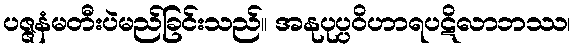
ပဇ္ဇနံမတီးပဲမည်ခြင်းသည်။ အနုပုပ္ပဝိဟာရပဋိလာဘဿ၊